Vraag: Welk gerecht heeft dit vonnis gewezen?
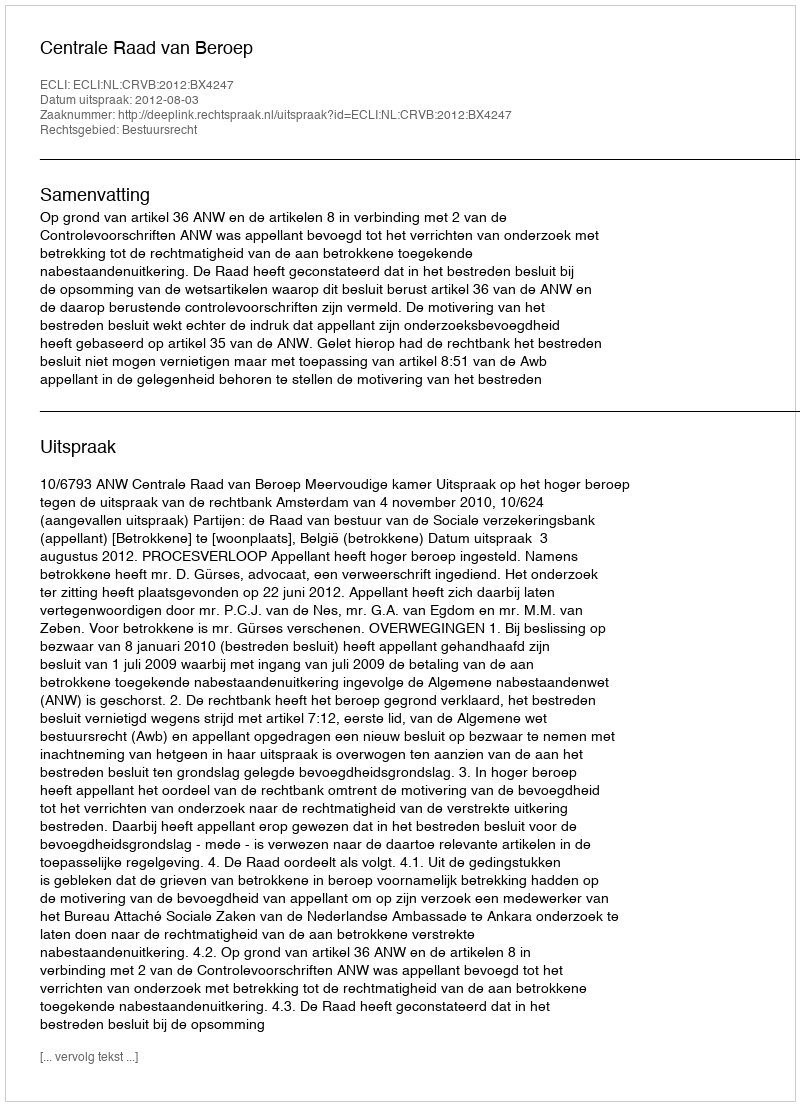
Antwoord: Centrale Raad van Beroep